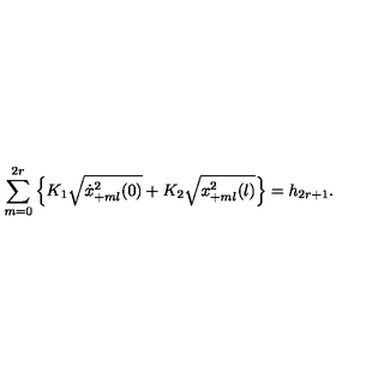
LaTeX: \sum _ { m = 0 } ^ { 2 r } \left\{ K _ { 1 } \sqrt { \dot { x } _ { + m l } ^ { 2 } ( 0 ) } + K _ { 2 } \sqrt { x _ { + m l } ^ { 2 } ( l ) } \right\} = h _ { 2 r + 1 } .